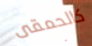
كالحمقى